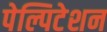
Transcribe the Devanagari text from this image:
पेल्पिटेशन